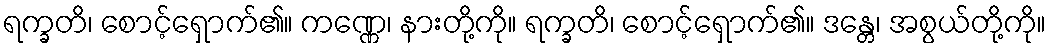
ရက္ခတိ၊ စောင့်ရှောက်၏။ ကဏ္ဏေ၊ နားတို့ကို။ ရက္ခတိ၊ စောင့်ရှောက်၏။ ဒန္တေ၊ အစွယ်တို့ကို။